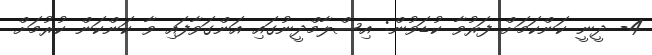
4- ދީނީ ކަންކަމަށް ފަރުވާ ކުޑަވުން: އިސްލާމްދީނުގައި އަންގަވާފައި ވާ ކަންކަން ކުރުމަށް